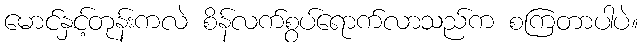
မောင်နှင့်တုန်းကလဲ စိန်လက်စွပ်ရောက်လာသည်က စကြတာပါပဲ။